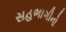
સહભાગીનો